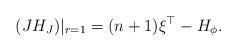
LaTeX: \begin{align*}(J H_{J})|_{r=1} = (n+1) \xi^{\top} - H_{\phi}.\end{align*}